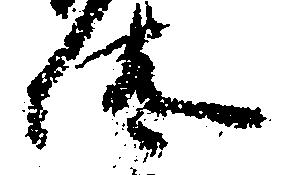
汰